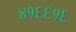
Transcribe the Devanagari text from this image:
४१६६१६